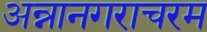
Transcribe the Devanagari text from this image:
अन्नानगराचरम